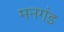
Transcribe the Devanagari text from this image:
मनगंड